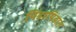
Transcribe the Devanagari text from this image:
पिंडापिंडात